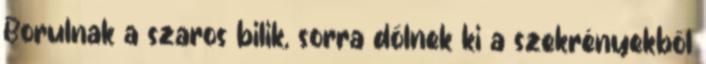
Borulnak a szaros bilik, sorra dőlnek ki a szekrényekből